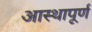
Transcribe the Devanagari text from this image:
आस्थापूर्ण